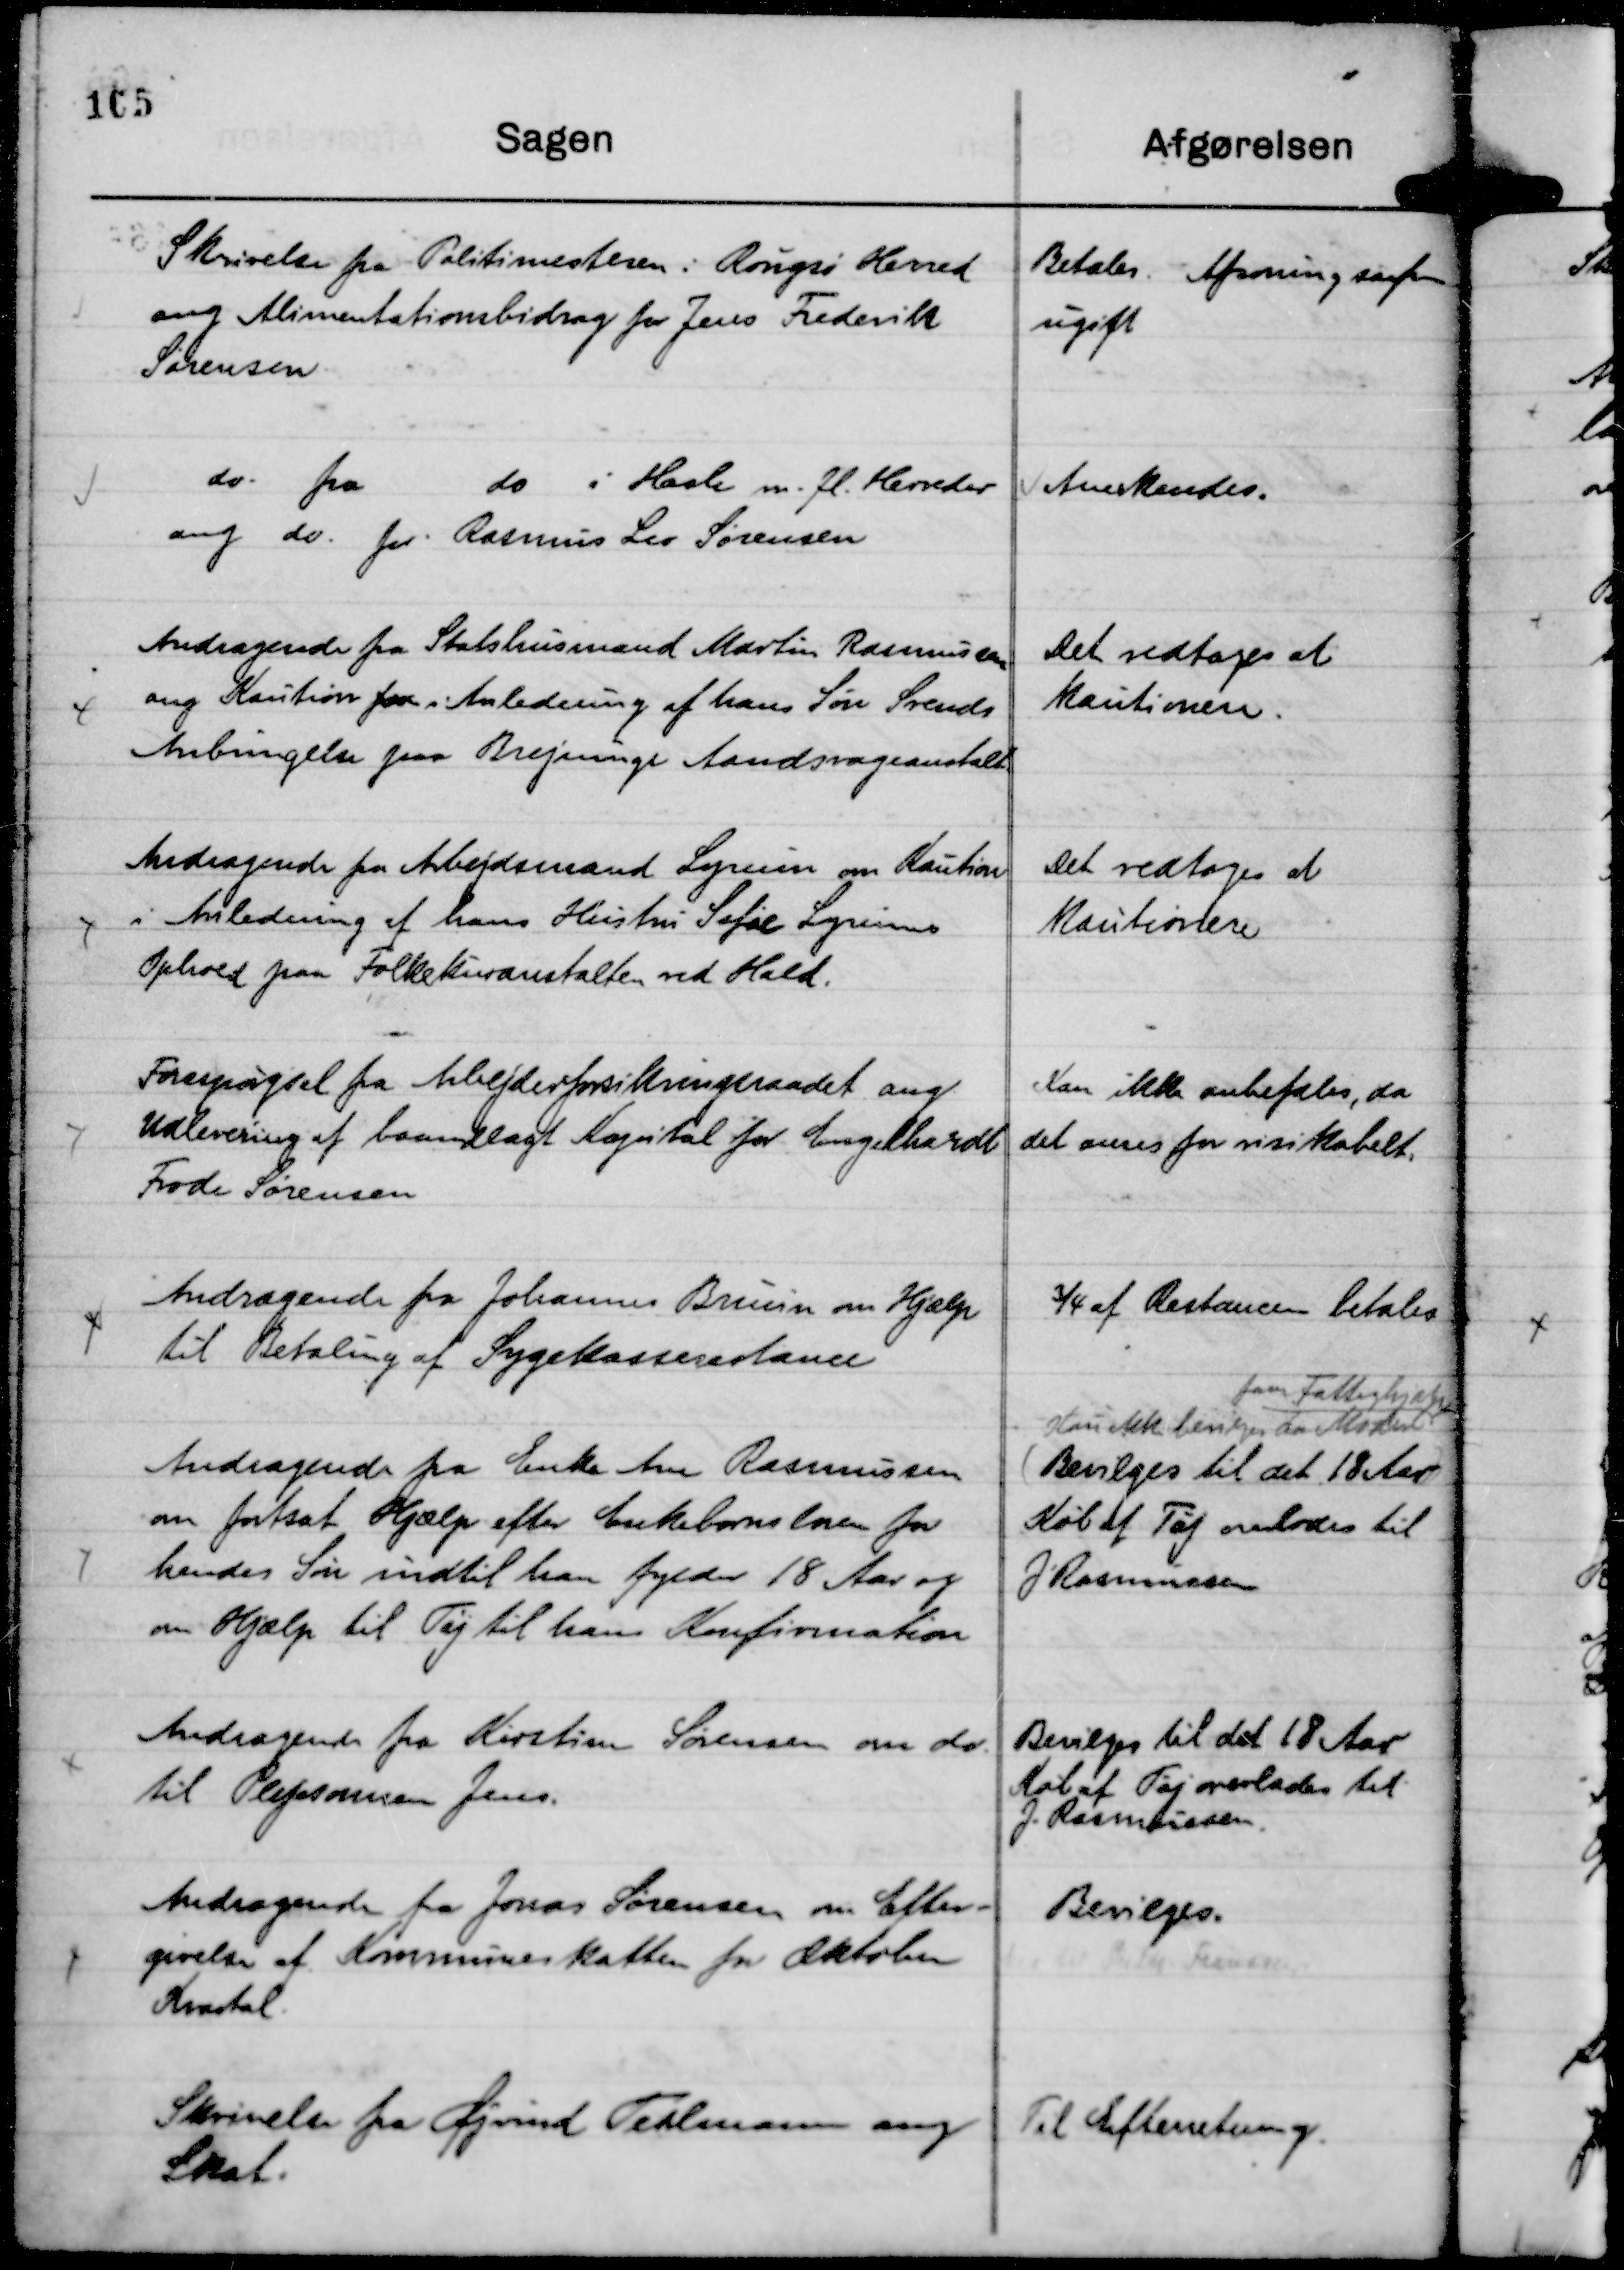
Transskription:
Skrivelse fra Politimesteren i Rougsø Herred
ang Alimentationsbidrag for Jens Frederik
Sørensen

Betales. Afsoning saafrm
ugift

do. fra
do i Hasle m. fl. Herreder
ang. do. for . Rasmus Leo Sørensen

Anerkendes.

Andragende fra Statshusmand Martin Rasmussen
ang Kaution for i Anledning af hans Søn Svends
Anbringelse paa Brejninge Aandsvageanstalt

Det vedtages at
kautionere.

Andragende fra Arbejdsmand Lyrum om Kaution
i Anledning af hans Hustru Sofie Lyrums
Ophold paa Folkekuranstalten ved Hald.

Det vedtoges at
kautionere

Forespørgsel fra Arbejderforsikringsraadet ang.
Udlevering af baandlagt Kapital for Engelhardt
Frode Sørensen

Kan ikke anbefales, da
det anses for risikabelt.

Andragende fra Johannes Bruun om Hjælp
til Betaling af Sygekasserestance

¾ af Restancen betales

Andragende fra Enke Ane Rasmussen
om fortsat Hjælp efter Enkebarnsloven for
hendes Søn indtil han fylder 18 Aar og
om Hjælp til Tøj til hans Konfirmation

Kan ikke bevilges da Moren
faar Fattighjælp
( Bevilges til det 18 Aar )
Køb af Tøj overlodes til
J. Rasmussen

Andragende fra Kirstine Sørensen om do
til Plejesønnen Jens.

Bevilges til det 18 Aar
Køb af Tøj overlades til
J. Rasmussen.

Andragende fra Jonas Sørensen om Efter-
givelse af Kommuneskatten for Oktober
Kvartal.

Bevilges.

Skrivelse fra Øjvind Tellmann ang
Skat.

Til Efterretning.